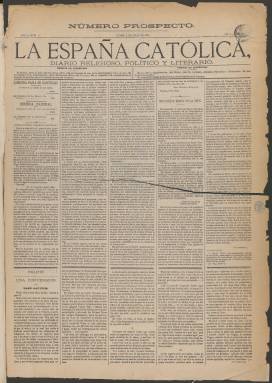
Título: La España católica (Madrid)
Colección: Periódicos
Ámbito geográfico: Madrid
Lugar de publicación: Madrid
Fechas: 06/07/1874-22/07/1875